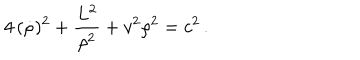
4 \, ( \dot { \rho } ) ^ { 2 } + \frac { L ^ { 2 } } { \rho ^ { 2 } } + v ^ { 2 } \rho ^ { 2 } = c ^ { 2 } \, .